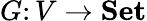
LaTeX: G\colon V\to\mathbf{Set}